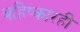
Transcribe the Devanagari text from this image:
बहिष्कारही